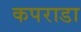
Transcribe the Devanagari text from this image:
कपराडा